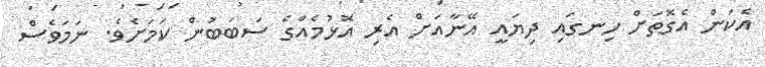
އެކަން އެގޮތަށް ހިނގައި ދިޔައީ އޭނާއަށް އެރި އޮޅުމެއްގެ ސަބަބުން ކަމަށެެވެ. ނަމަވެސް